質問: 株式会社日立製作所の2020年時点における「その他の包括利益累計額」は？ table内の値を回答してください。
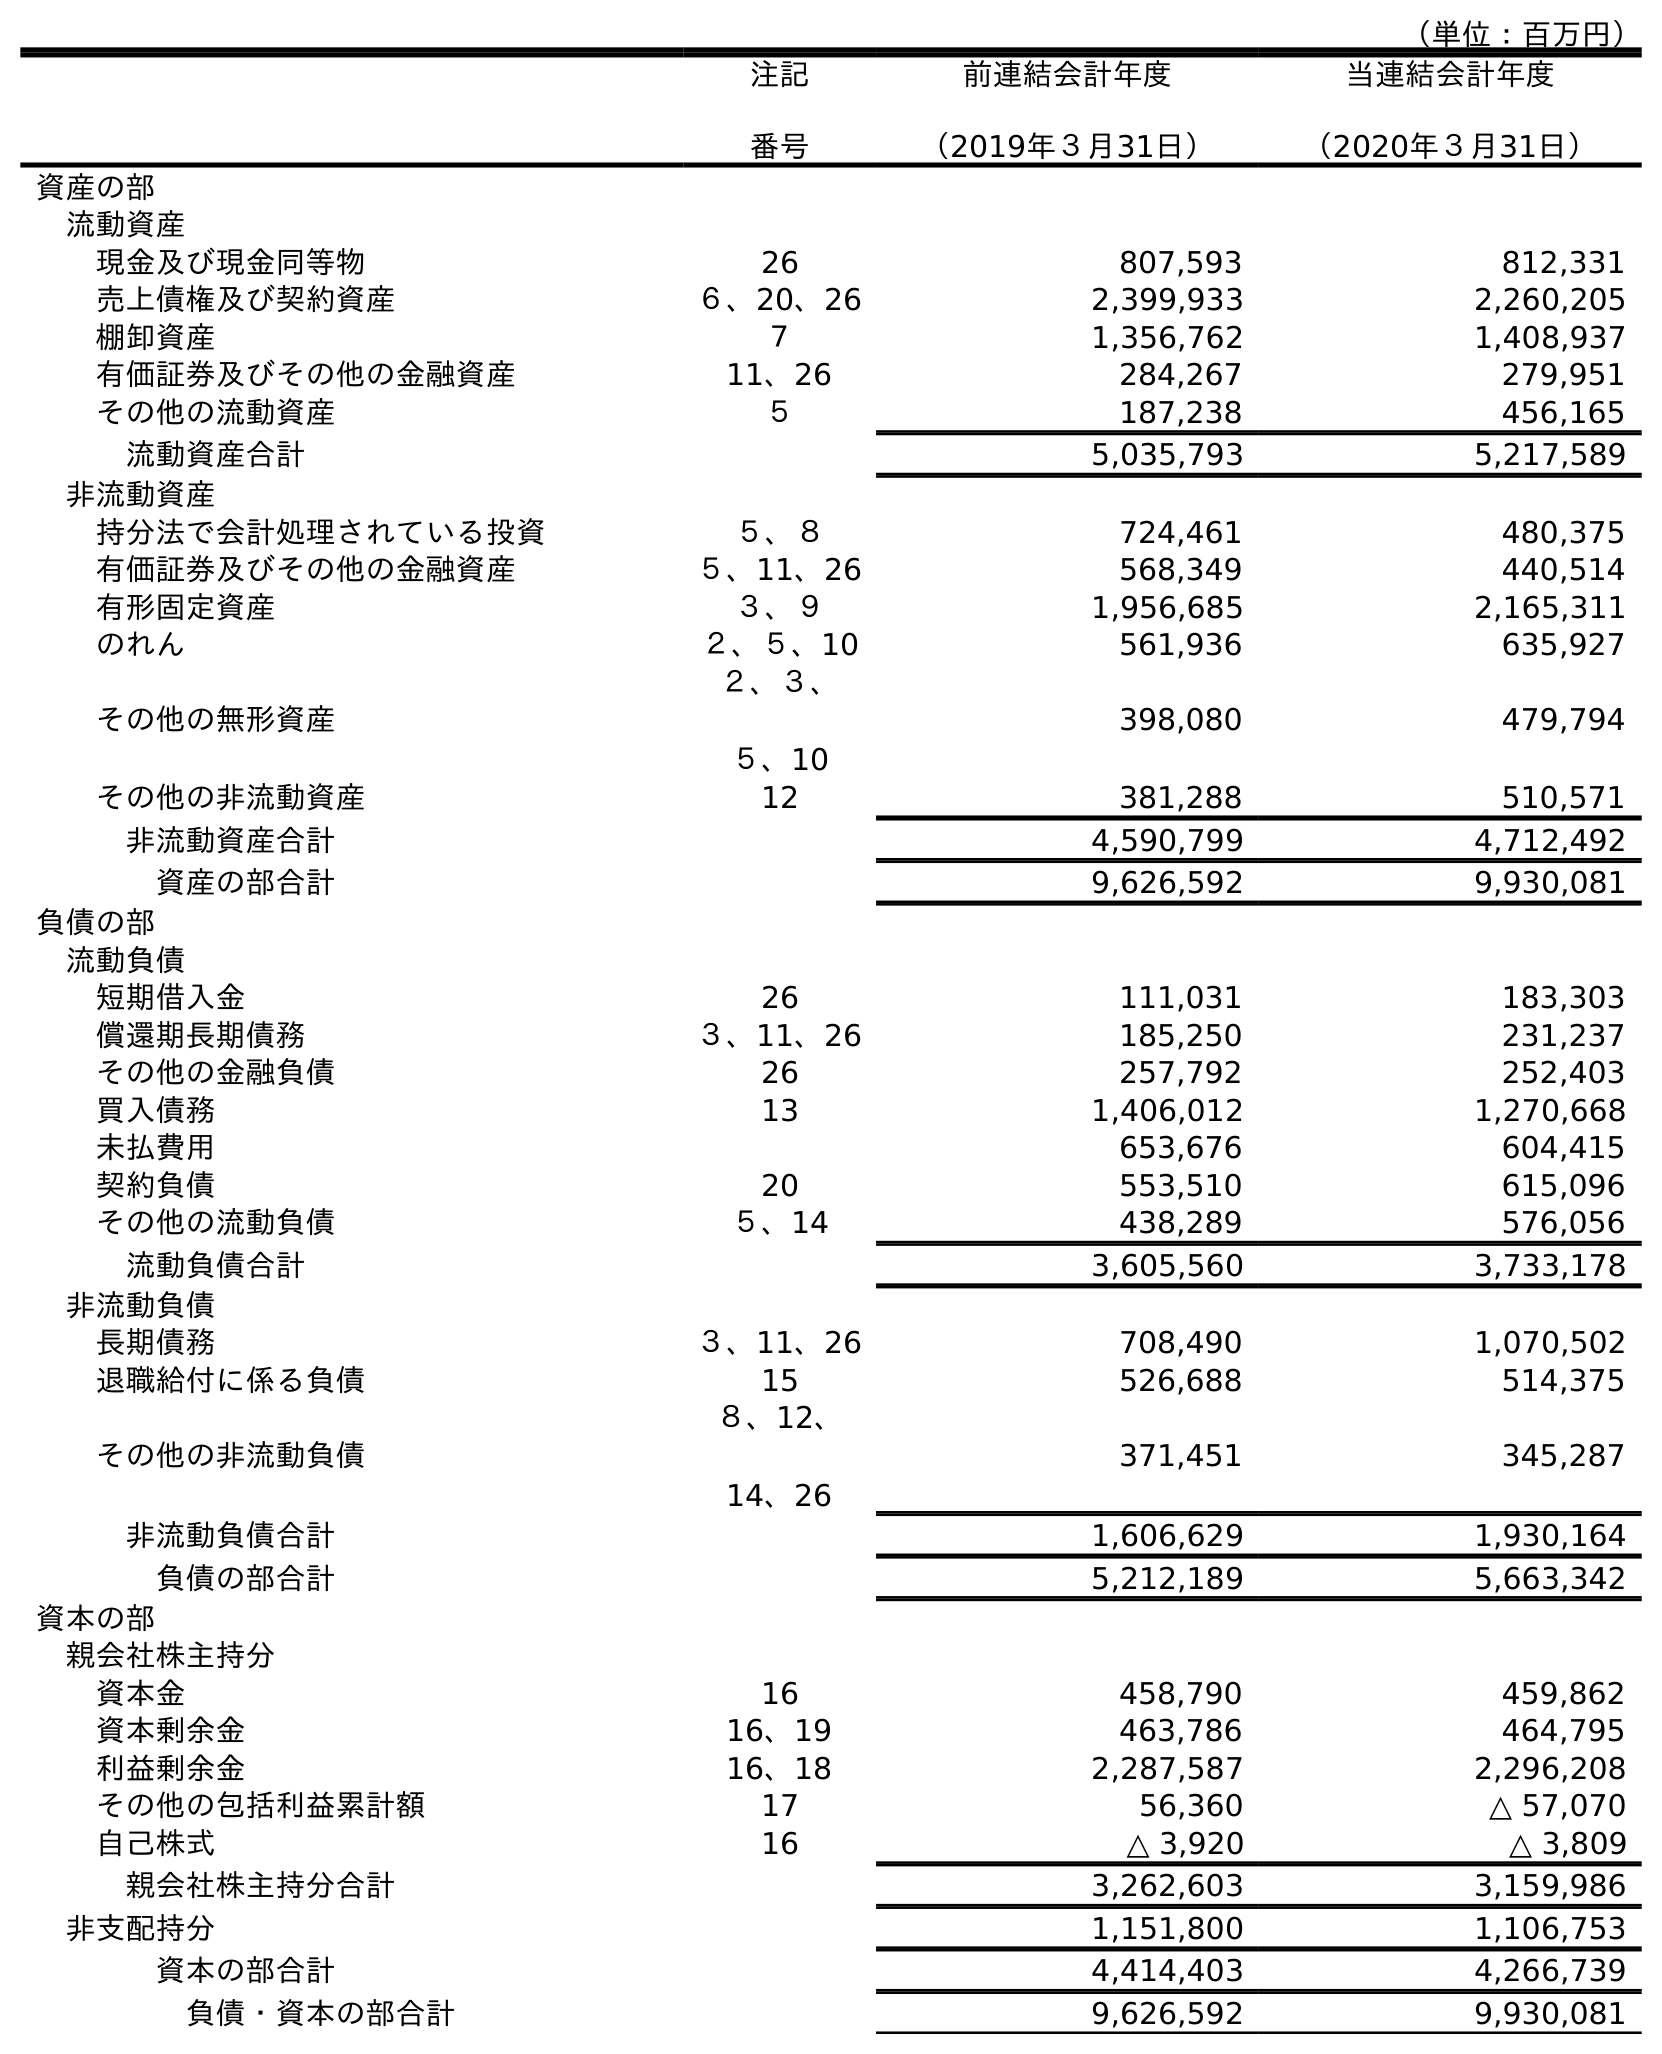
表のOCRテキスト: （単位：百万円） 注記 番号 前連結会計年度 （2019年３月31日） 当連結会計年度 （2020年３月31日） 資産の部 流動資産 現金及び現金同等物 26 807,593 812,331 売上債権及び契約資産 ６、20、26 2,399,933 2,260,205 棚卸資産 ７ 1,356,762 1,408,937 有価証券及びその他の金融資産 11、26 284,267 279,951 その他の流動資産 ５ 187,238 456,165 流動資産合計 5,035,793 5,217,589 非流動資産 持分法で会計処理されている投資 ５、８ 724,461 480,375 有価証券及びその他の金融資産 ５、11、26 568,349 440,514 有形固定資産 ３、９ 1,956,685 2,165,311 のれん ２、５、10 561,936 635,927 その他の無形資産 ２、３、 ５、10 398,080 479,794 その他の非流動資産 12 381,288 510,571 非流動資産合計 4,590,799 4,712,492 資産の部合計 9,626,592 9,930,081 負債の部 流動負債 短期借入金 26 111,031 183,303 償還期長期債務 ３、11、26 185,250 231,237 その他の金融負債 26 257,792 252,403 買入債務 13 1,406,012 1,270,668 未払費用 653,676 604,415 契約負債 20 553,510 615,096 その他の流動負債 ５、14 438,289 576,056 流動負債合計 3,605,560 3,733,178 非流動負債 長期債務 ３、11、26 708,490 1,070,502 退職給付に係る負債 15 526,688 514,375 その他の非流動負債 ８、12、 14、26 371,451 345,287 非流動負債合計 1,606,629 1,930,164 負債の部合計 5,212,189 5,663,342 資本の部 親会社株主持分 資本金 16 458,790 459,862 資本剰余金 16、19 463,786 464,795 利益剰余金 16、18 2,287,587 2,296,208 その他の包括利益累計額 17 56,360 △ 57,070 自己株式 16 △ 3,920 △ 3,809 親会社株主持分合計 3,262,603 3,159,986 非支配持分 1,151,800 1,106,753 資本の部合計 4,414,403 4,266,739 負債・資本の部合計 9,626,592 9,930,081
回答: △57,070